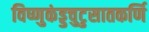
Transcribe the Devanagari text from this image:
विष्णुकंड्डचुटुसातकर्णि